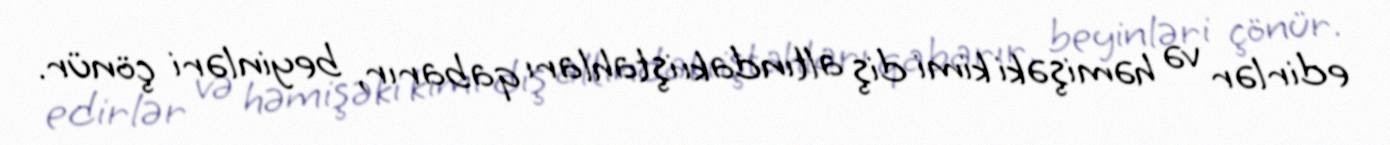
edirlər və həmişəki kimi diş altındakı iştahları qabarır, beyinləri çönür.